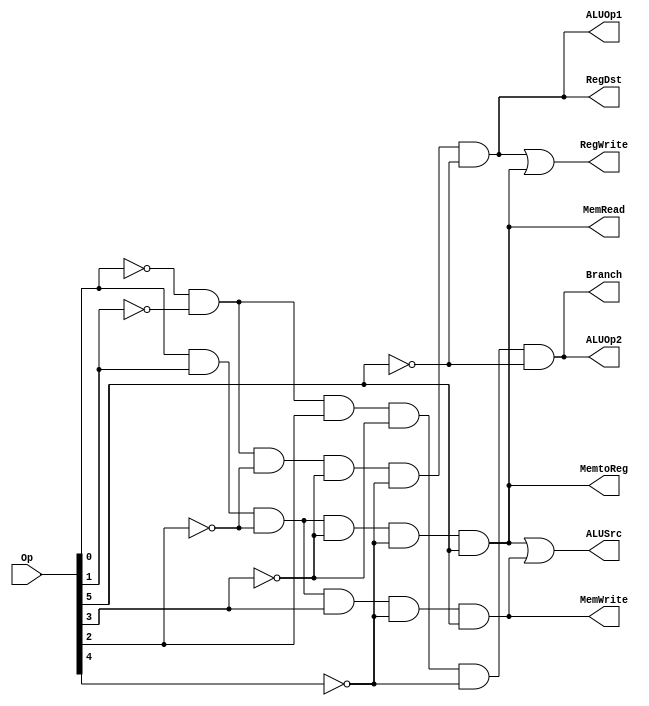
module ANDarray (RegDst,ALUSrc, MemtoReg, RegWrite, MemRead, MemWrite,Branch,ALUOp1,ALUOp2,Op);
	input [5:0] Op;
	output RegDst,ALUSrc,MemtoReg, RegWrite, MemRead, MemWrite,Branch,ALUOp1,ALUOp2;
	wire Rformat, lw,sw,beq;
	assign Rformat= (~Op[0])&& (~Op[1])&& (~Op[2])&& (~Op[3])&& (~Op[4])&& (~Op[5]);
	assign lw = (Op[0])&& (Op[1])&& (~Op[2])&& (~Op[3])&& (~Op[4])&& (Op[5]);
	assign sw = (Op[0])&& (Op[1])&& (~Op[2])&& (Op[3])&& (~Op[4])&&	(Op[5]);
	assign beq = (~Op[0])&& (~Op[1])&& (Op[2])&& (~Op[3])&& (~Op[4])&& (~Op[5]);
	// complete rest of the module
	assign RegDst=Rformat;
	assign ALUSrc = lw || sw;
	assign MemtoReg = lw;
	assign RegWrite = Rformat || lw;
	assign MemRead = lw;
	assign MemWrite = sw;
	assign Branch = beq;
	assign ALUOp1 = Rformat;
	assign ALUOp2 = beq;
	
endmodule

module tb_pla;
	reg [5:0] Op;
	wire RegDst,ALUSrc,MemtoReg, RegWrite, MemRead, MemWrite,Branch,ALUOp1,ALUOp2;
	ANDarray myPLA (RegDst,ALUSrc, MemtoReg, RegWrite, MemRead, MemWrite,Branch,ALUOp1,ALUOp2,Op);
	initial
	begin	
	Op = 6'b000000;
	#10 $display("%b %b %b %b %b %b %b %b %b %b",RegDst,ALUSrc,MemtoReg,RegWrite,MemRead,MemWrite,Branch,ALUOp1,ALUOp2,Op);
	#10 Op = 6'b100011;
	#10 $display("%b %b %b %b %b %b %b %b %b %b",RegDst,ALUSrc,MemtoReg,RegWrite,MemRead,MemWrite,Branch,ALUOp1,ALUOp2,Op);
	#10 Op = 6'b101011;
	#10 $display("%b %b %b %b %b %b %b %b %b %b",RegDst,ALUSrc,MemtoReg,RegWrite,MemRead,MemWrite,Branch,ALUOp1,ALUOp2,Op);
	#10 Op = 6'b000100;
	#10 $display("%b %b %b %b %b %b %b %b %b %b",RegDst,ALUSrc,MemtoReg,RegWrite,MemRead,MemWrite,Branch,ALUOp1,ALUOp2,Op);
	end
	
endmodule